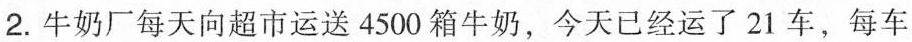
2.牛奶厂每天向超市运送4500箱牛奶，今天已经运了21车，每车